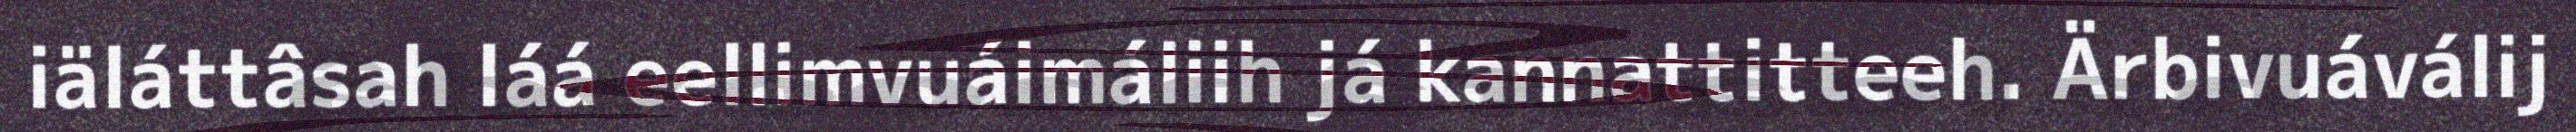
iäláttâsah láá eellimvuáimáliih já kannattitteeh. Ärbivuáválij